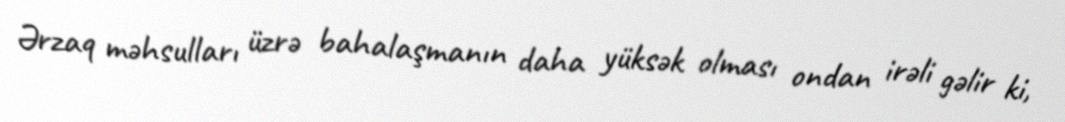
Ərzaq məhsulları üzrə bahalaşmanın daha yüksək olması ondan irəli gəlir ki,